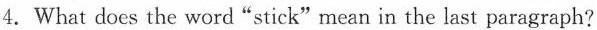
4.What does the word "stick"mean in the last paragraph?